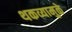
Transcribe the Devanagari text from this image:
थकव्यामुळे